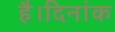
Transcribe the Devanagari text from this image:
है।दिनांक